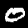
Label: 0